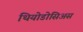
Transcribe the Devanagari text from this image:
थियोडोसिअस